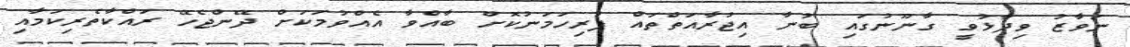
ނަވާޒު ވިދާޅުވީ ގާނޫނުގައި ބުނާ އިޖުރާއަތްތައް ފުރިހަމަނުކޮށް ބާއްވާ އެއްވުމަކަށް ދޭންޖެހޭ ރައްކާތެރިކަމާއި